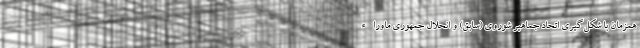
همزمان با شکل‌گیری اتحاد جماهیر شوروی (سابق) و انحلال جمهوری ماوراء